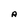
Character: A